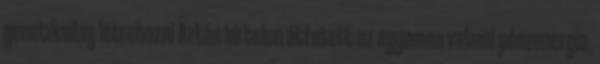
genetikailag létrehozni Aztán hirtelen átfutott az agyamon valami pénzenergia,